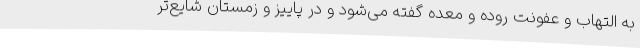
به التهاب و عفونت روده و معده گفته می‌شود و در پاییز و زمستان شایع‌تر